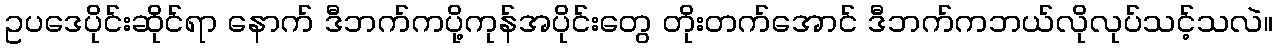
ဥပဒေပိုင်းဆိုင်ရာ နောက် ဒီဘက်ကပို့ကုန်အပိုင်းတွေ တိုးတက်အောင် ဒီဘက်ကဘယ်လိုလုပ်သင့်သလဲ။